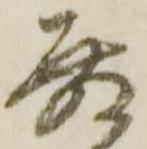
殿